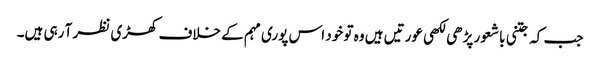
جب کہ جتنی باشعور پڑھی لکھی عورتیں ہیں وہ تو خود اس پوری مہم کے خلاف کھڑی نظر آ رہی ہیں۔